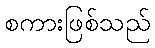
စကားဖြစ်သည်